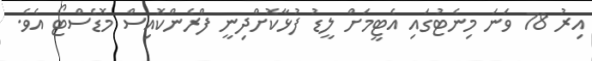
އިރު 78 ވަނަ މިނެޓުގައި އެޓީމަށް ލީޑު ފުޅާކޮށްދިނީ ފްރެންކޮއިސް މޮޑެސްޓޯ އެވެ.